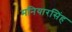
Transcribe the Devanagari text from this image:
मनियारसिंह